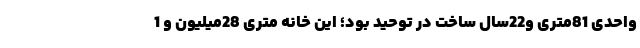
واحدی 81متری و22سال ساخت در توحید بود؛ این خانه متری 28میلیون و 1